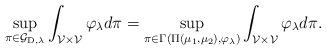
LaTeX: \begin{align*}\sup _{\pi \in \mathcal{G}_{\mathrm{D}, \lambda}} \int_{\mathcal{V} \times \mathcal{V}} \varphi_\lambda d \pi =\sup_{ \pi \in \Gamma\left( \Pi(\mu_1, \mu_2) , \varphi_\lambda \right) } \int_{\mathcal{V} \times \mathcal{V} } \varphi_{\lambda} d \pi.\end{align*}